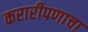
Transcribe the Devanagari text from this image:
करारीपणाचा